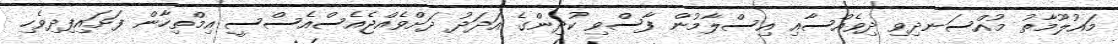
މައުލޫމާތު މުއްސަނދިވި ދިވެއްސާއި އިސްލާމުން ފާސްވި ކުދިންގެ އަދަދު ދަށްވެއްޖެއެސްއެސްސީ އިމްތިހާން ފަށައިފިދިވެހި